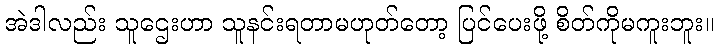
အဲဒါလည်း သူဌေးဟာ သူနင်းရတာမဟုတ်တော့ ပြင်ပေးဖို့ စိတ်ကိုမကူးဘူး။